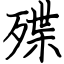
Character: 殜